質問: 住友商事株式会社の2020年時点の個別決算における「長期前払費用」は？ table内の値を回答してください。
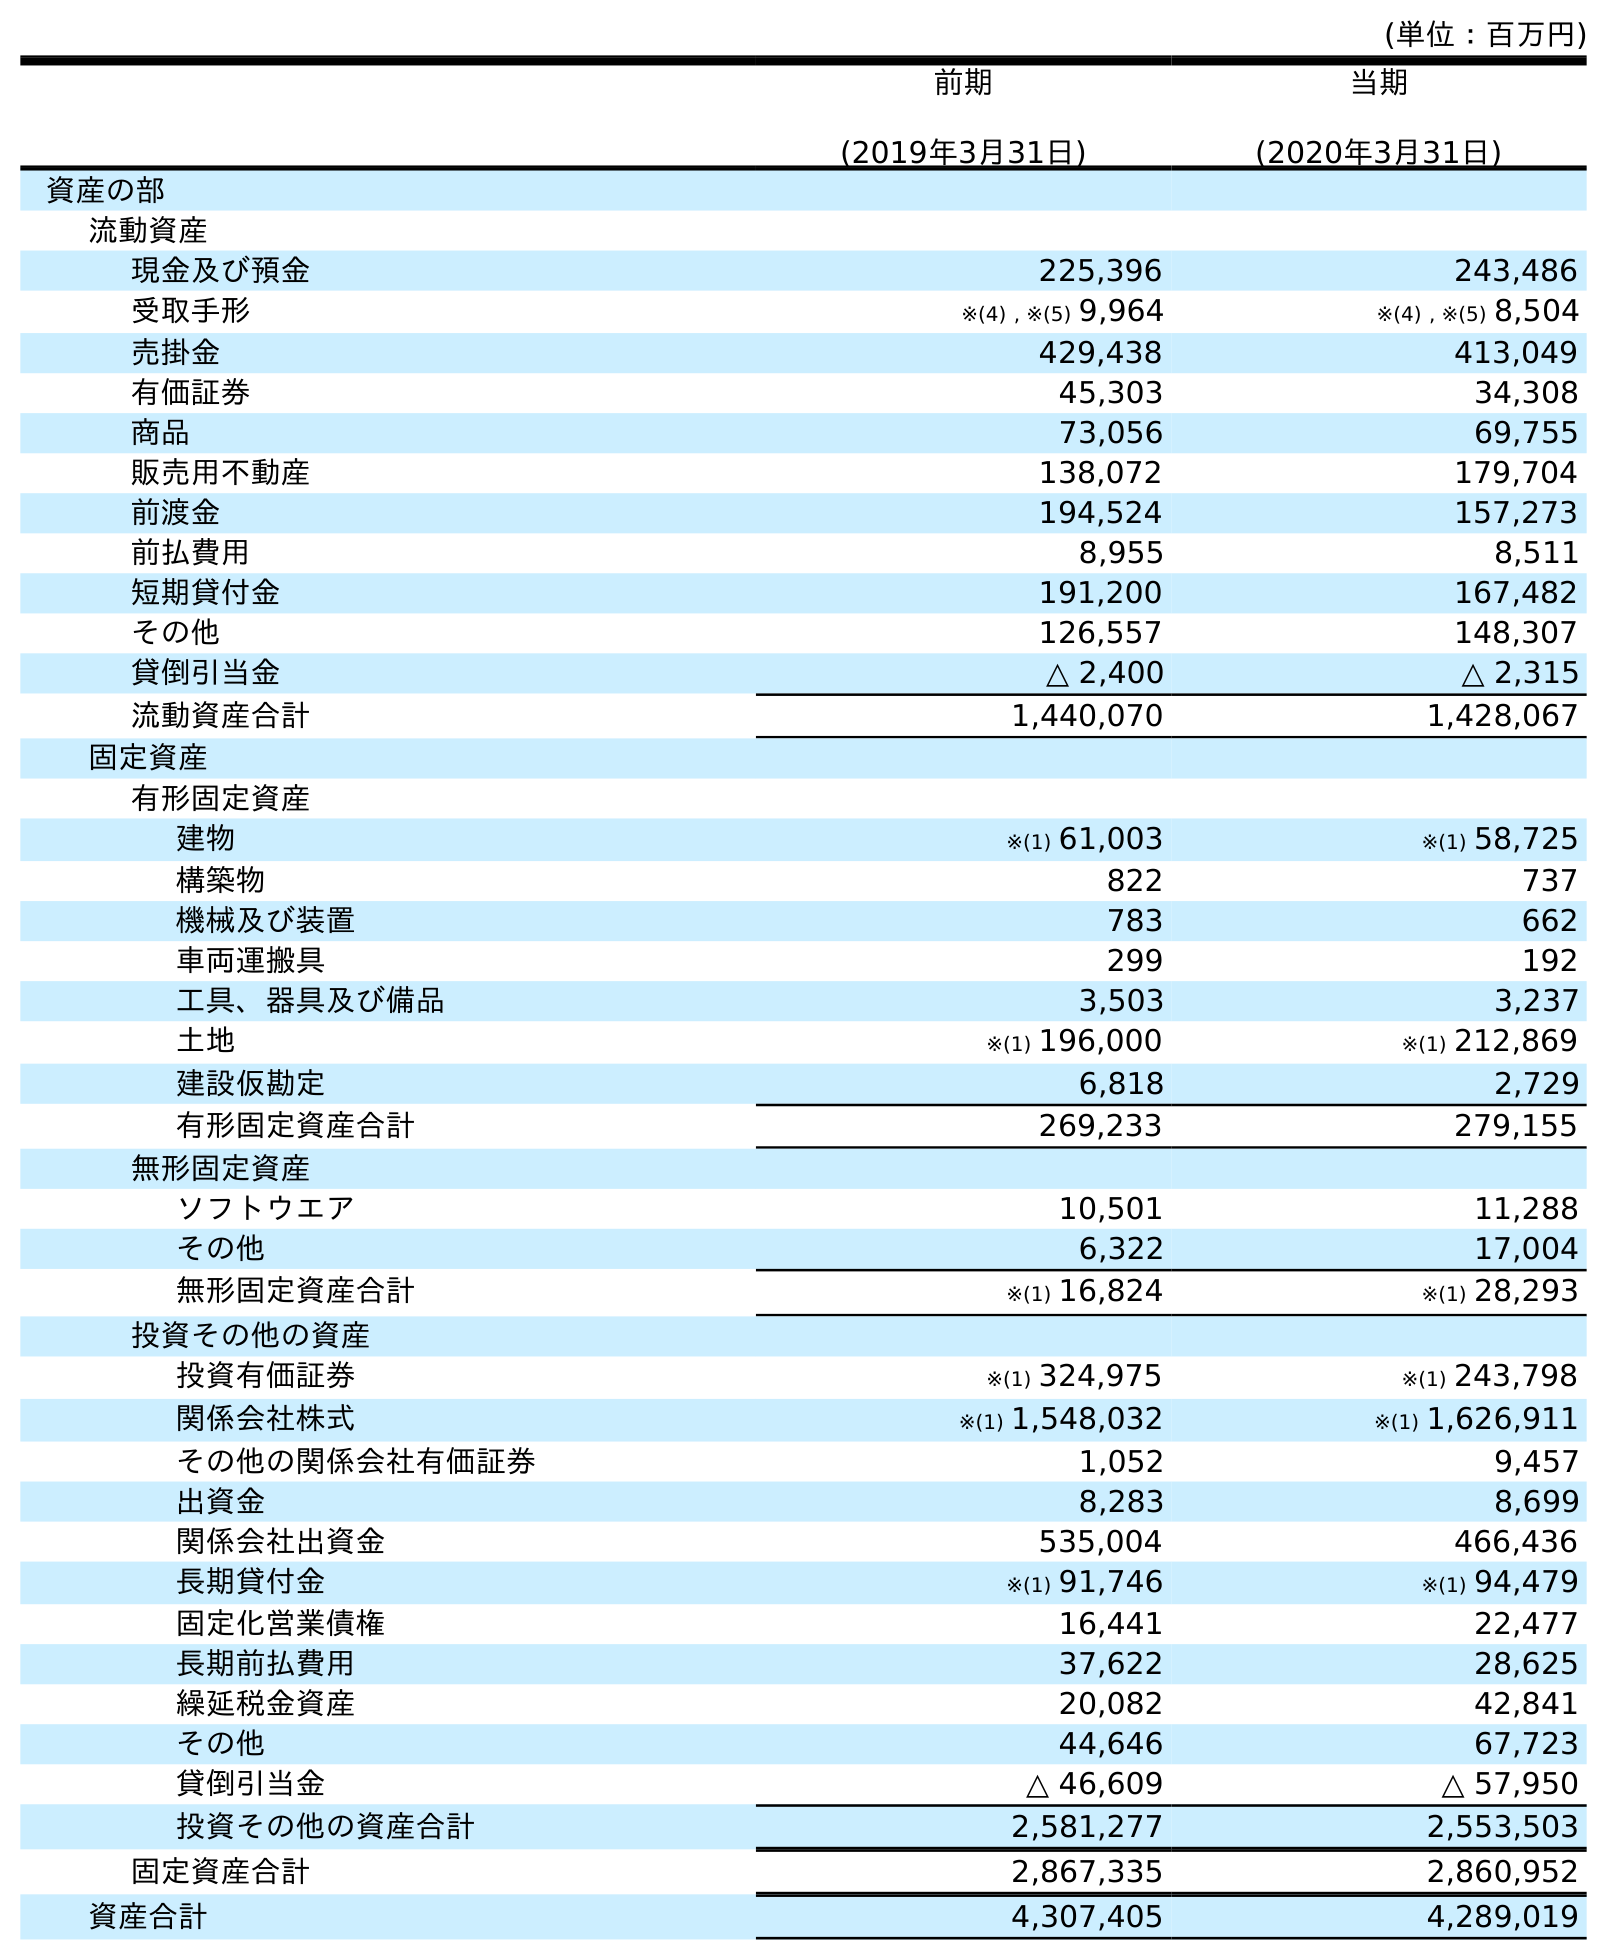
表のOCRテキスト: (単位：百万円) 前期 (2019年3月31日) 当期 (2020年3月31日) 資産の部 流動資産 現金及び預金 225,396 243,486 受取手形 ※(4) , ※(5) 9,964 ※(4) , ※(5) 8,504 売掛金 429,438 413,049 有価証券 45,303 34,308 商品 73,056 69,755 販売用不動産 138,072 179,704 前渡金 194,524 157,273 前払費用 8,955 8,511 短期貸付金 191,200 167,482 その他 126,557 148,307 貸倒引当金 △ 2,400 △ 2,315 流動資産合計 1,440,070 1,428,067 固定資産 有形固定資産 建物 ※(1) 61,003 ※(1) 58,725 構築物 822 737 機械及び装置 783 662 車両運搬具 299 192 工具、器具及び備品 3,503 3,237 土地 ※(1) 196,000 ※(1) 212,869 建設仮勘定 6,818 2,729 有形固定資産合計 269,233 279,155 無形固定資産 ソフトウエア 10,501 11,288 その他 6,322 17,004 無形固定資産合計 ※(1) 16,824 ※(1) 28,293 投資その他の資産 投資有価証券 ※(1) 324,975 ※(1) 243,798 関係会社株式 ※(1) 1,548,032 ※(1) 1,626,911 その他の関係会社有価証券 1,052 9,457 出資金 8,283 8,699 関係会社出資金 535,004 466,436 長期貸付金 ※(1) 91,746 ※(1) 94,479 固定化営業債権 16,441 22,477 長期前払費用 37,622 28,625 繰延税金資産 20,082 42,841 その他 44,646 67,723 貸倒引当金 △ 46,609 △ 57,950 投資その他の資産合計 2,581,277 2,553,503 固定資産合計 2,867,335 2,860,952 資産合計 4,307,405 4,289,019
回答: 28,625